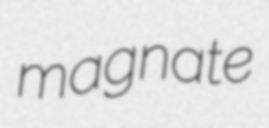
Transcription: magnate